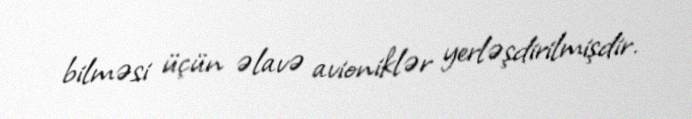
bilməsi üçün əlavə avioniklər yerləşdirilmişdir.